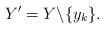
LaTeX: \begin{align*}Y' = Y \backslash \{ y_k \}.\end{align*}